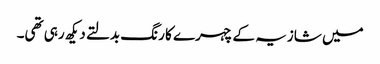
میں شازیہ کے چہرے کا رنگ بدلتے دیکھ رہی تھی۔